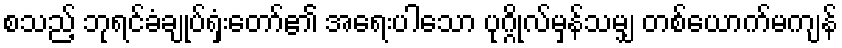
စသည့် ဘုရင်ခံချုပ်ရှံးတော်၏ အရေးပါသော ပုဂ္ဂိုလ်မှန်သမျှ တစ်ယောက်မကျန်